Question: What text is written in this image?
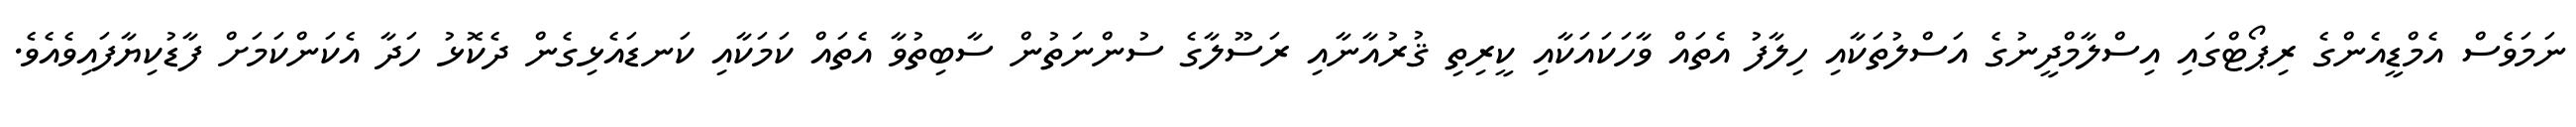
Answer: ނަމަވެސް އެމްޑީއެންގެ ރިޕޯޓްގައި އިސްލާމްދީނުގެ އަސްލުތަކާއި ހިލާފު އެތައް ވާހަކައަކާއި ކީރިތި ޤުރުއާނާއި ރަސޫލާގެ ސުންނަތުން ސާބިތުވާ އެތައް ކަމަކާއި ކަނޑައެޅިގެން ދެކޮޅު ހަދާ އެކަންކަމަށް ފާޑުކިޔާފައިވެއެވެ.